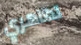
تظاهري